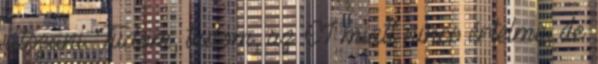
játszani. Tudom, tudom, az EI miatt nincs értelme, de